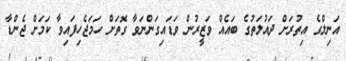
އަނިލްގެ އިތުރަށް ދައުލަތުގެ ބައެއް ވަޒީރުން ވަޑައިގަންނަވާ ގޮތަށް ހަމަޖެހިފައިވާ ކަމަށް ޖެންޑާ